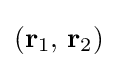
(\mathbf {r} _{1},\,\mathbf {r} _{2})